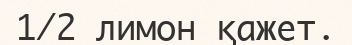
1/2 лимон қажет.